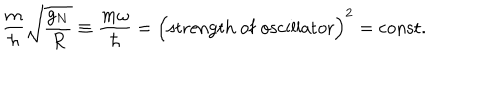
{ \frac { m } { \hbar } } \sqrt { \frac { g _ { N } } { R } } \equiv { \frac { m \omega } { \hbar } } = \Bigl ( \mathrm { s t r e n g t h ~ o f ~ o s c i l l a t o r } \Bigr ) ^ { 2 } = \mathrm { c o n s t } .